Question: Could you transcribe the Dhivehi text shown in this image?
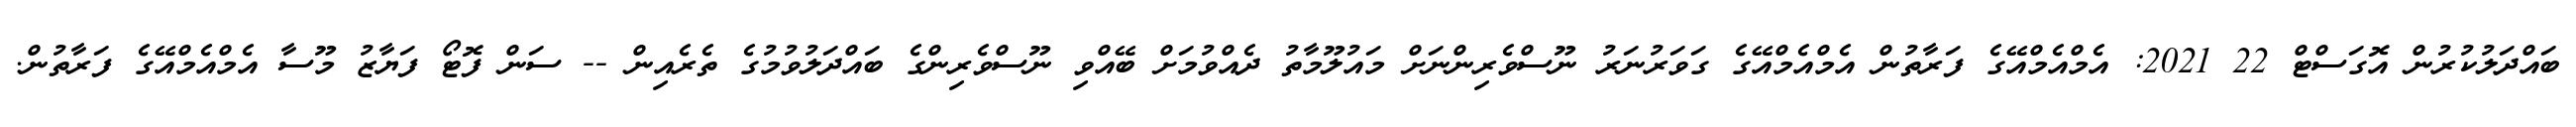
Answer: ބައްދަލުކުރުން އޮގަސްޓް 22 2021: އެމްއެމްއޭގެ ފަރާތުން އެމްއެމްއޭގެ ގަވަރުނަރު ނޫސްވެރިންނަށް މައުލޫމާތު ދެއްވުމަށް ބޭއްވި ނޫސްވެރިންގެ ބައްދަލުވުމުގެ ތެރެއިން -- ސަން ފޮޓޯ ފަޔާޒު މޫސާ އެމްއެމްއޭގެ ފަރާތުން.